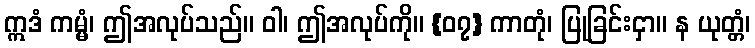
ဣဒံ ကမ္မံ၊ ဤအလုပ်သည်။ ဝါ၊ ဤအလုပ်ကို။ {၀၇} ကာတုံ၊ ပြုခြင်းငှာ။ န ယုတ္တံ၊